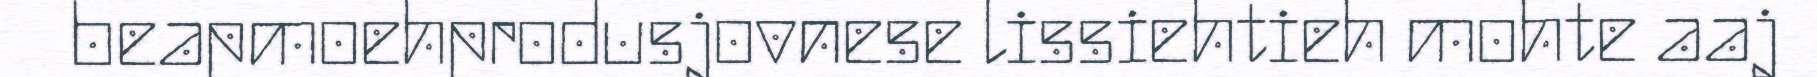
beapmoehprodusjovnese lissiehtieh mohte aaj